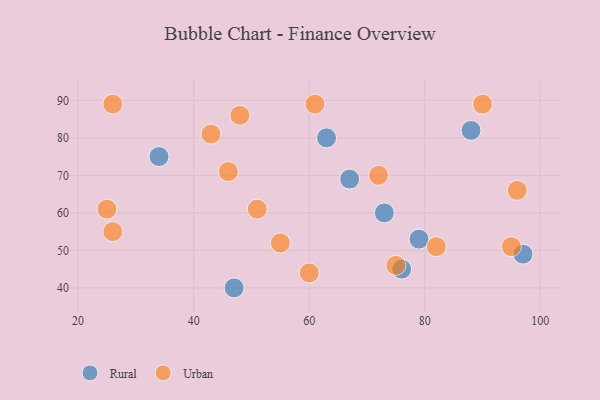
{"axis": {"x": "GDP", "y": "Life Expectancy"}, "legend": ["Rural", "Urban"], "data": [{"x": "47", "y": 40, "type": "Rural"}, {"x": "67", "y": 69, "type": "Rural"}, {"x": "97", "y": 49, "type": "Rural"}, {"x": "73", "y": 60, "type": "Rural"}, {"x": "76", "y": 45, "type": "Rural"}, {"x": "34", "y": 75, "type": "Rural"}, {"x": "79", "y": 53, "type": "Rural"}, {"x": "63", "y": 80, "type": "Rural"}, {"x": "88", "y": 82, "type": "Rural"}, {"x": "46", "y": 71, "type": "Urban"}, {"x": "55", "y": 52, "type": "Urban"}, {"x": "90", "y": 89, "type": "Urban"}, {"x": "61", "y": 89, "type": "Urban"}, {"x": "60", "y": 44, "type": "Urban"}, {"x": "95", "y": 51, "type": "Urban"}, {"x": "96", "y": 66, "type": "Urban"}, {"x": "72", "y": 70, "type": "Urban"}, {"x": "25", "y": 61, "type": "Urban"}, {"x": "48", "y": 86, "type": "Urban"}, {"x": "82", "y": 51, "type": "Urban"}, {"x": "26", "y": 89, "type": "Urban"}, {"x": "26", "y": 55, "type": "Urban"}, {"x": "51", "y": 61, "type": "Urban"}, {"x": "43", "y": 81, "type": "Urban"}, {"x": "75", "y": 46, "type": "Urban"}]}